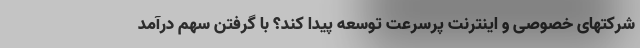
شرکتهای خصوصی و اینترنت پرسرعت توسعه پیدا کند؟ با گرفتن سهم درآمد